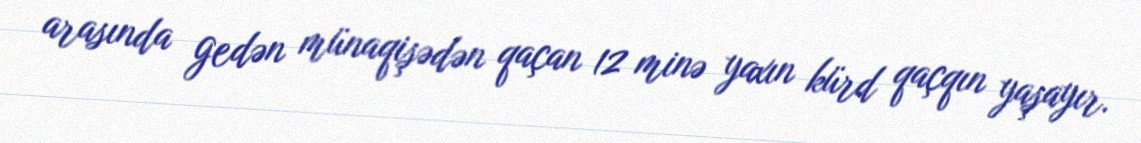
arasında gedən münaqişədən qaçan 12 minə yaxın kürd qaçqın yaşayır.